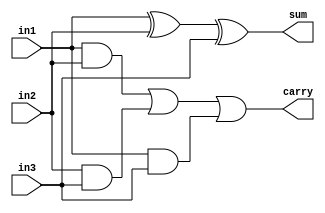
module Fadder_2(
  in3,
  in2,
  in1,
  sum,
  carry
  );
  input in1, in2, in3;
  output sum, carry;
  assign sum=in1^in2^in3;
  assign carry=(in1&in2) | (in2&in3) | (in1&in3);
endmodule